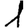
Digit: 1